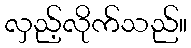
လှည့်လိုက်သည်။